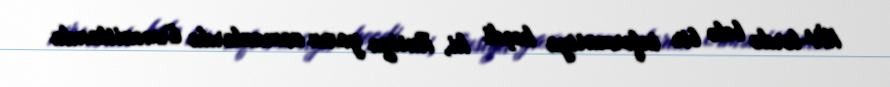
KİV-lərdə belə bir informasiya keçdi ki, Rusiya yaxın zamanlarda Ermənistanda